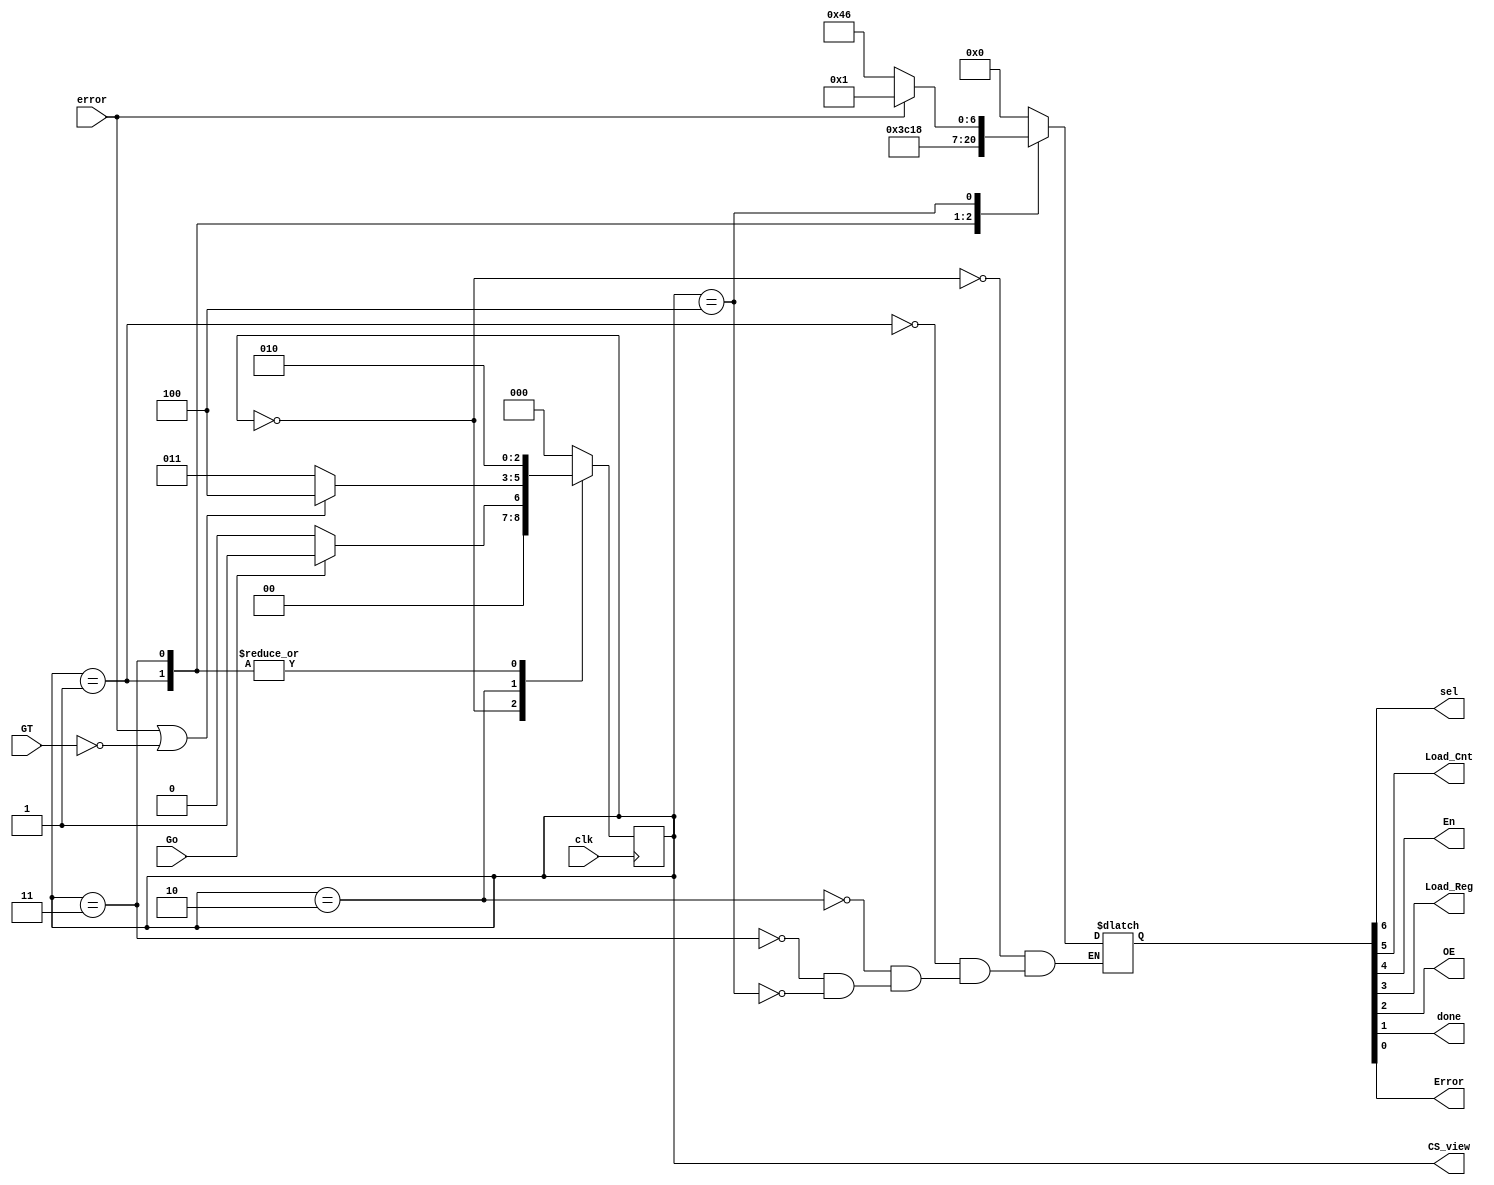
module factorial_cu(
    input clk, Go, GT, error, 
    output sel, Load_Cnt, En, Load_Reg, OE, done, Error,
    output [2:0] CS_view
    );
    
    parameter 
        s0 = 3'b000,
        s1 = 3'b001,
        s2 = 3'b010,
        s3 = 3'b011,
        s4 = 3'b100;
        //s5 = 3'b101; 
    
    reg [2:0] CS, NS;
    reg [6:0] control_sig; 
    //NS Logic 
    always@(CS,Go,GT,error) begin 
        casex(CS) 
            s0: NS <= (Go) ? s1 : s0;
            s1: NS <= s2; 
            s2: NS <= (error || ~GT) ? s4 : s3;
            s3: NS <= s2;
            s4: NS <= s0;
            default: NS <= s0;
        endcase 
    end 
    
    //State Register 
    always@(posedge clk) begin 
        CS <= NS;
    end 
    
    //Output Logic 
    always@(CS, error) begin
     case(CS) 
        s0: control_sig <= 7'b0000000; 
        s1: control_sig <= 7'b1111000;
        s2: control_sig <= 7'b0000000;
        s3: control_sig <= 7'b0011000;
        s4:  if(error) control_sig <= 7'b0000001;
            else control_sig <= 7'b1000110;
        
        endcase    
    end
    
    assign {sel, Load_Cnt,En, Load_Reg, OE, done, Error} = control_sig; 
    assign CS_view = CS;

endmodule